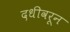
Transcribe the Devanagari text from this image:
दधीवरून